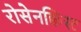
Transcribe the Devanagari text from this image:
रोसेनक्विस्ट